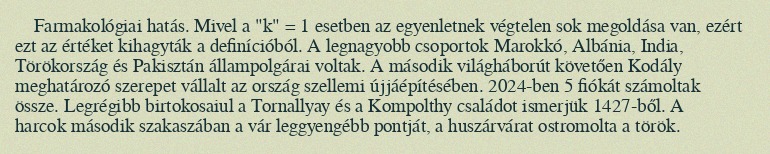
Farmakológiai hatás. Mivel a "k" = 1 esetben az egyenletnek végtelen sok megoldása van, ezért ezt az értéket kihagyták a definícióból. A legnagyobb csoportok Marokkó, Albánia, India, Törökország és Pakisztán állampolgárai voltak. A második világháborút követően Kodály meghatározó szerepet vállalt az ország szellemi újjáépítésében. 2024-ben 5 fiókát számoltak össze. Legrégibb birtokosaiul a Tornallyay és a Kompolthy családot ismerjük 1427-ből. A harcok második szakaszában a vár leggyengébb pontját, a huszárvárat ostromolta a török.